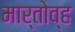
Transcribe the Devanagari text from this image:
मार्तोव्ह